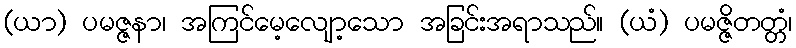
(ယာ) ပမဇ္ဇနာ၊ အကြင်မေ့လျော့သော အခြင်းအရာသည်။ (ယံ) ပမဇ္ဇိတတ္တံ၊